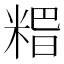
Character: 𥺸